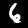
Label: 6